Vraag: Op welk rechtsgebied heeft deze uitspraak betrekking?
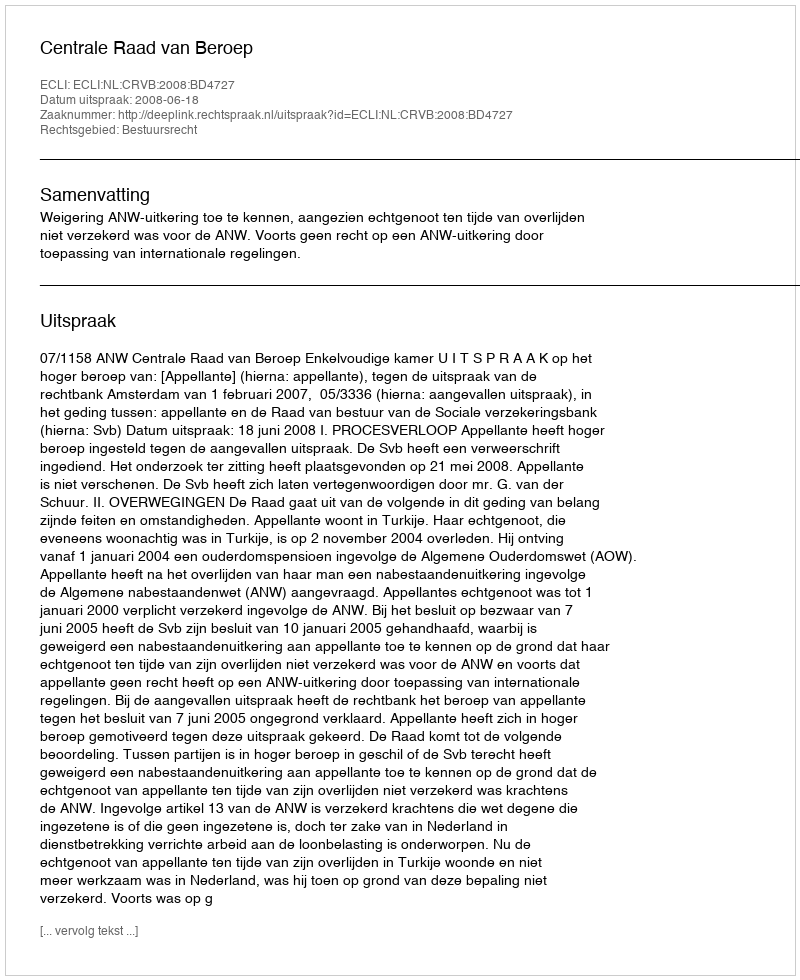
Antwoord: Bestuursrecht